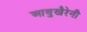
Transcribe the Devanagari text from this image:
आबुखैरेनी